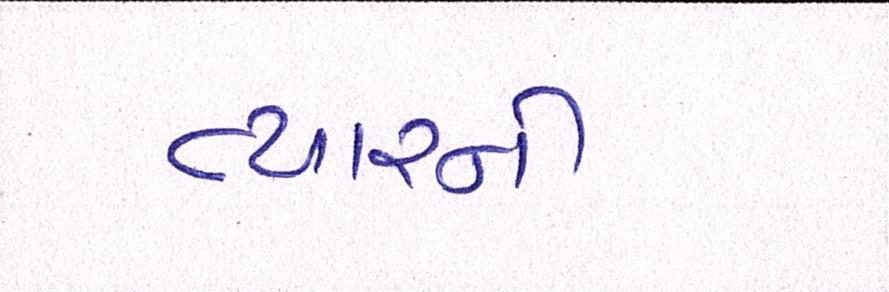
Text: ત્યારની